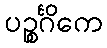
ပဉ္စင်္ဂိကေ